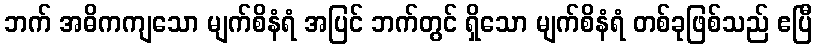
ဘက် အဓိကကျသော မျက်စိနံရံ အပြင် ဘက်တွင် ရှိသော မျက်စိနံရံ တစ်ခုဖြစ်သည် ဧပြီ